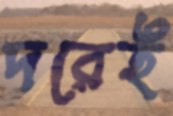
দরেই